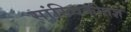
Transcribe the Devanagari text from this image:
सांख्यिकीतज्ञ